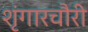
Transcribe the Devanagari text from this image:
शृंगारचौरी